Calcutta medical institutions reports 1892-1900
Year: 1892
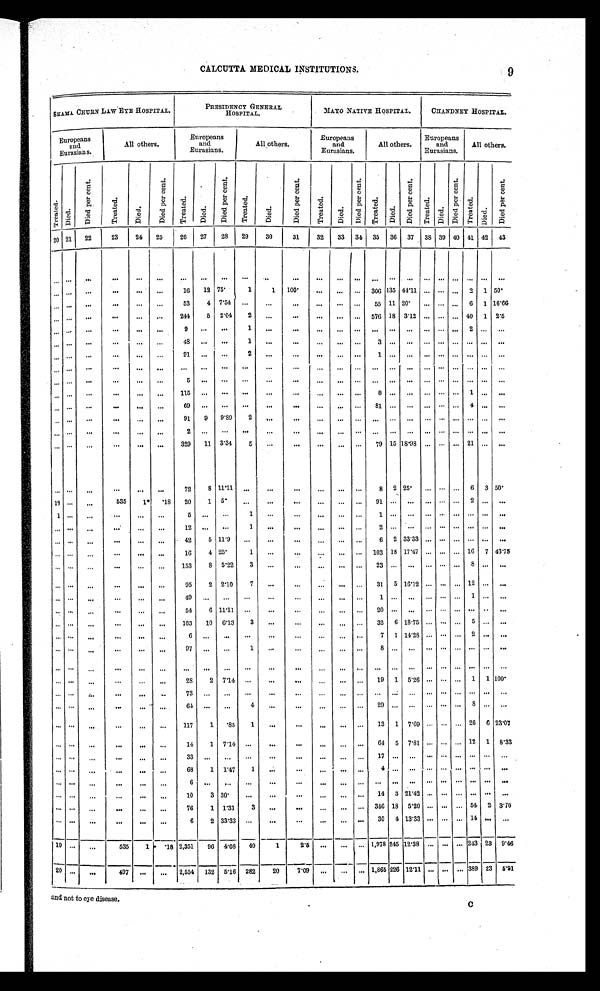
CALCUTTA MEDICAL INSTITUTIONS.
SHAMA CHURN LAW EYE HOSPITAL.
PRESIDENCY GENERAL
HOSPITAL.
MAYO NATIVE HOSPITAL.
CHANDNEY HOSPITAL.
Europeans
and
Eurasians.
All others.
Europeans
and
Eurasians.
All others.
Europeans
and
Eurasians.
All others.
Europeans
and
Eurasians.
All others.
Tr eat ed.
D i e d .
D i e d p e r c e n t .
T r e a t e d .
D i e d .
D i e d p e r c e n t .
T r e a t e d .
D i e d .
D i e d p e r c e n t .
T r e a t e d .
D i e d .
D i e d p e r c e n t .
T r e a t e d .
D i e d .
Di e d p e r c e n t .
T r e a t e d .
D i e d .
D i e d p e r c e n t .
Tr eat ed.
Died.
D i e d p e r c e n t .
Tr eat ed.
Died.
D i e d p e r c e n t .
20 21
22
23
24
25
26
27
28
29
30
31
32
33
34
35
36
37
38 39 40 41 42
43
. . .
. . .
. . .
. . .
. . .
. . .
. . .
. . .. . .
. . .. . .
. . .
. . .. . .
. . .
. . .
. . .
. . . . . . . . . . . . . . . . . .
. . .
. . .
. . .
. . .
. . .
. . .
. . .
16
12 75.
1
1
100.
. . .
. . .
. . .
306 135 44.11 . . . . . . . . . 2
1 50.
. . .
. . .. . .
. . .
. . .
. . .
53
4 7.54
. . .
. . .
. . .
. . .
. . . . . .
55 11 2 0 .
. . . . . . . . . 6
1 16.66
. . .
. . .. . .
. . .
. . . . . .
244
5
2.04
2
. . .
. . .
. . . . . .
. . . 576 18 3.12 . . . . . . . . . 40
1 2.5
. . .
. . .
. . .
. . .
. . . . . .
9
. . .. . .
1
. . . . . .
. . . . . .
. . .
. . .
. . .
. . . . . . . . . . . .
2 . . . . . .
. . .
. . .. . .
. . .
. . .
. . .
4 8
. . .
. . .
1
. . .
. . .
. . .
. . . . . .
3
. . .
. . . . . . . . . . . . . . . . . . . . .
. . .
. . .. . .
. . . . . .
. . .
91
. . .
. . .
2
. . . . . .
. . . . . .
. . .
1
. . .
. . . . . . . . . . . . . . . . . . . . .
. . .
. . .. . .
. . .
. . . . . .
. . .
. . .. . .
. . .
. . .
. . .
. . . . . .
. . .
. . .
. . .
. . . . . . . . . . . . . . . . . .
. . .
. . .
. . .. . .
. . .
. . . . . .
5
. . .
. . .
. . .
. . .
. . .
. . . . . .
. . .
. . .
. . .
. . . . . . . . . . . . . . . . . .
. . .
. . .
. . .
. . .
. . .
. . .
. . .
115
. . .
. . .
. . .
. . .
. . .
. . .
. . . . . .
8
. . .
. . . . . . . . . . . . 1
. . .
. . .
. . .
. . .
. . .
. . .
. . .
. . .
69
. . .. . .
. . .
. . .
. . .
. . . . . .
. . .
8 1
. . .
. . . . . . . . . . . . 4.
. . .
. . .
. . .
. . .
. . .
. . .
. . .
. . .
91
9
9.89
2 . . .
. . .
. . . . . .
. . .
. . .
. . .
. . . . . . . . . . . . . . . . . .
. . .
. . .
. . .. . .
. . .
. . .
. . .
2
. . .. . .
. . .
. . .
. . .
. . . . . .
. . .
. . .
. . .
. . . . . . . . . . . . . . . . . .
. . .
. . .
. . .
. . .
. . .
. . .
. . .
329
11
3.34
5
. . .
. . .
. . .
. . .
. . .
79 15 18.98 . . . . . . . . . 21 . . .
. . .
. . .
. . .. . .
. . .
. . . . . .
72
8 11.11
. . .
. . .
. . .
. . .
. . . . . .
8
2 25.
. . . . . . . . . 6
3 50.
18
. . .
. . .
535
1*
.18
20
1
5.
. . .
. . .
. . .
. . . . . . . . .
9 1
. . .
. . . . . . . . . . . . 2
. . . . . .
1
. . .. . .
. . .
. . .
. . .
5
. . .
. . .
1
. . . . . .
. . . . . . . . .
1
. . .
. . . . . . . . . . . . . . . . . . . . .
. . .
. . .. . .
. . .
. . .
. . .
1 2
. . . . . .
1
. . .
. . .
. . .
. . . . . .
2
. . .
. . . . . . . . . . . . . . . . . .
. . .
. . .
. . .
. . .
. . .
. . .
. . .
42
5 11.9
. . . . . .
. . .
. . . . . . . . .
6
2 33.33 . . . . . . . . . . . . . . .
. . .
. . .
. . .. . .
. . .
. . .
. . .
16
4 25.
1
. . .
. . .
. . .
. . . . . .
103 18 17.47 . . . . . . . . . 16
7 43.75
. . .
. . .
. . .
. . .
. . .
. . .
153
8
5.22
3
. . .
. . .
. . .
. . . . . .
2 3
. . .
. . .. . . . . . . . . 8
. . . . . .
. . .
. . .. . .
. . .
. . .
. . .
95
2 2.10
7
. . .
. . .
. . . . . . . . .
31
5 16.12 . . . . . . . . . 12 . . .
. . .
. . .
. . .. . .
. . .
. . .
. . .
49
. . .. . .
. . .
. . . . . .
. . .
. . . . . .
1
. . .
. . .. . . . . . . . . 1
. . .
. . .
. . .
. . .
. . .
. . .
. . .
. . .
54
6 11.11
. . .
. . .
. . .
. . .
. . . . . .
2 0
. . .
. . .. . . . . . . . . . . . . . .
. . .
. . .
. . .. . .
. . .
. . .
. . .
163
10
6.13
3
. . . . . .
. . .
. . . . . .
32
6 18.75 . . . . . . . . .
5 . . .
. . .
. . .
. . .. . .
. . .
. . .
. . .
6
. . . . . .
. . .
. . .
. . .
. . .
. . . . . .
7
1 14.28 . . . . . . . . . 2 . . .
. . .
. . .
. . .
. . .
. . .
. . .
. . .
97
. . .
. . .
1
. . . . . .
. . .
. . . . . .
8
. . .
. . .. . . . . . . . . . . . . . .
. . .
. . .
. . .. . .
. . .
. . .
. . .
. . .
. . . . . .
. . .. . .
. . .
. . .
. . . . . .
. . .
. . .
. . .. . . . . . . . . . . . . . .
. . .
. . .
. . .. . .
. . .
. . .
. . .
28
2
7.14
. . .
. . . . . .
. . .
. . . . . .
19
1
5.26 . . . . . . . . . 1
1 100.
. . .
. . .
. . .
. . .
. . .
. . .
73
. . .
. . .
. . .
. . .
. . .
. . .
. . . . . .
. . .
. . .
. . .
. . . . . . . . . . . . . . .
. . .
. . .
. . .
. . .
. . .
. . .
. . .
6 4
. . . . . .
4 . . .
. . .
. . .
. . . . . .
2 9
. . .
. . . . . . . . . . . . 8
. . .
. . .
. . .
. . .. . .
. . .
. . .
. . .
117
1
.85
1
. . . . . .
. . . . . . . . .
13
1
7 . 6 9 . . .
. . .
. . . 26
6 23.07
. . .
. . .. . .
. . .
. . .
. . .
14
1
7.14
. . .
. . .
. . .
. . .
. . . . . .
64 5
7.81 . . . . . . . . . 12
1
8.33
. . .
. . .. . .
. . .
. . .
. . .
3 3
. . . . . .
. . .
. . .
. . .
. . .
. . . . . .
1 7
. . .
. . .. . . . . . . . . . . . . . .
. . .
. . .
. . .. . .
. . .
. . .
. . .
68
1
1.47
1
. . .
. . .
. . . . . . . . .
4
. . .
. . .. . . . . . . . . . . . . . .
. . .
. . .
. . .. . .
. . . . . .
. . .
6
. . .
. . .
. . .
. . .
. . .
. . . . . . . . .
. . .
. . .
. . .. . . . . . . . . . . . . . .
. . .
. . .
. . .
. . .
. . . . . .
. . .
10
3 30.
. . .
. . .
. . .
. . .
. . .
. . .
14
3 21.42 . . . . . . . . . . . . . . .
. . .
. . .
. . .
. . .
. . .
. . .
. . .
76
1 1.31
3
. . .
. . .
. . .
. . . . . . 346 18
5.20 . . . . . . . . . 54
2 3.70
. . .
. . .
. . .
. . .
. . .
. . .
6
2 33.33
. . .
. . .
. . .
. . .
. . .
. . .
30
4 13.33 . . . . . . . . . 14 . . .
. . .
19
. . .
. . .
5 3 5 1 .18 2,351
96
4.08
40
1
2.5
. . .
. . .
. . .
1,978 245 12.38
. . .
. . .
. . .
243 23
9.46
20
. . .
. . .
4 9 7 . . .
. . .
2,554
132
5.16
282
20
7.09
. . .
. . .
. . . 1,865 226 12.11 . . . . . . . . . 389 23
5.91
9
and not to eye disease.